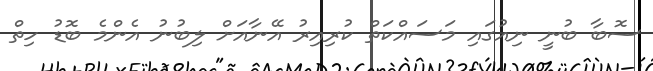
ސޮބާ ބުނީ ނިއުގައި މަސައްކަތް ކުރިއިރު އޭނާއަށް ލިބުނު އެންމެ ބޮޑު ހިތް